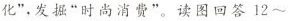
化”，发掘”时尚消费”。读图回答12~